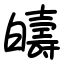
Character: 㿧